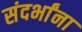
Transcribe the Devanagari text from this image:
संदर्भांना